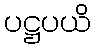
ပဋ္ဌပယိ